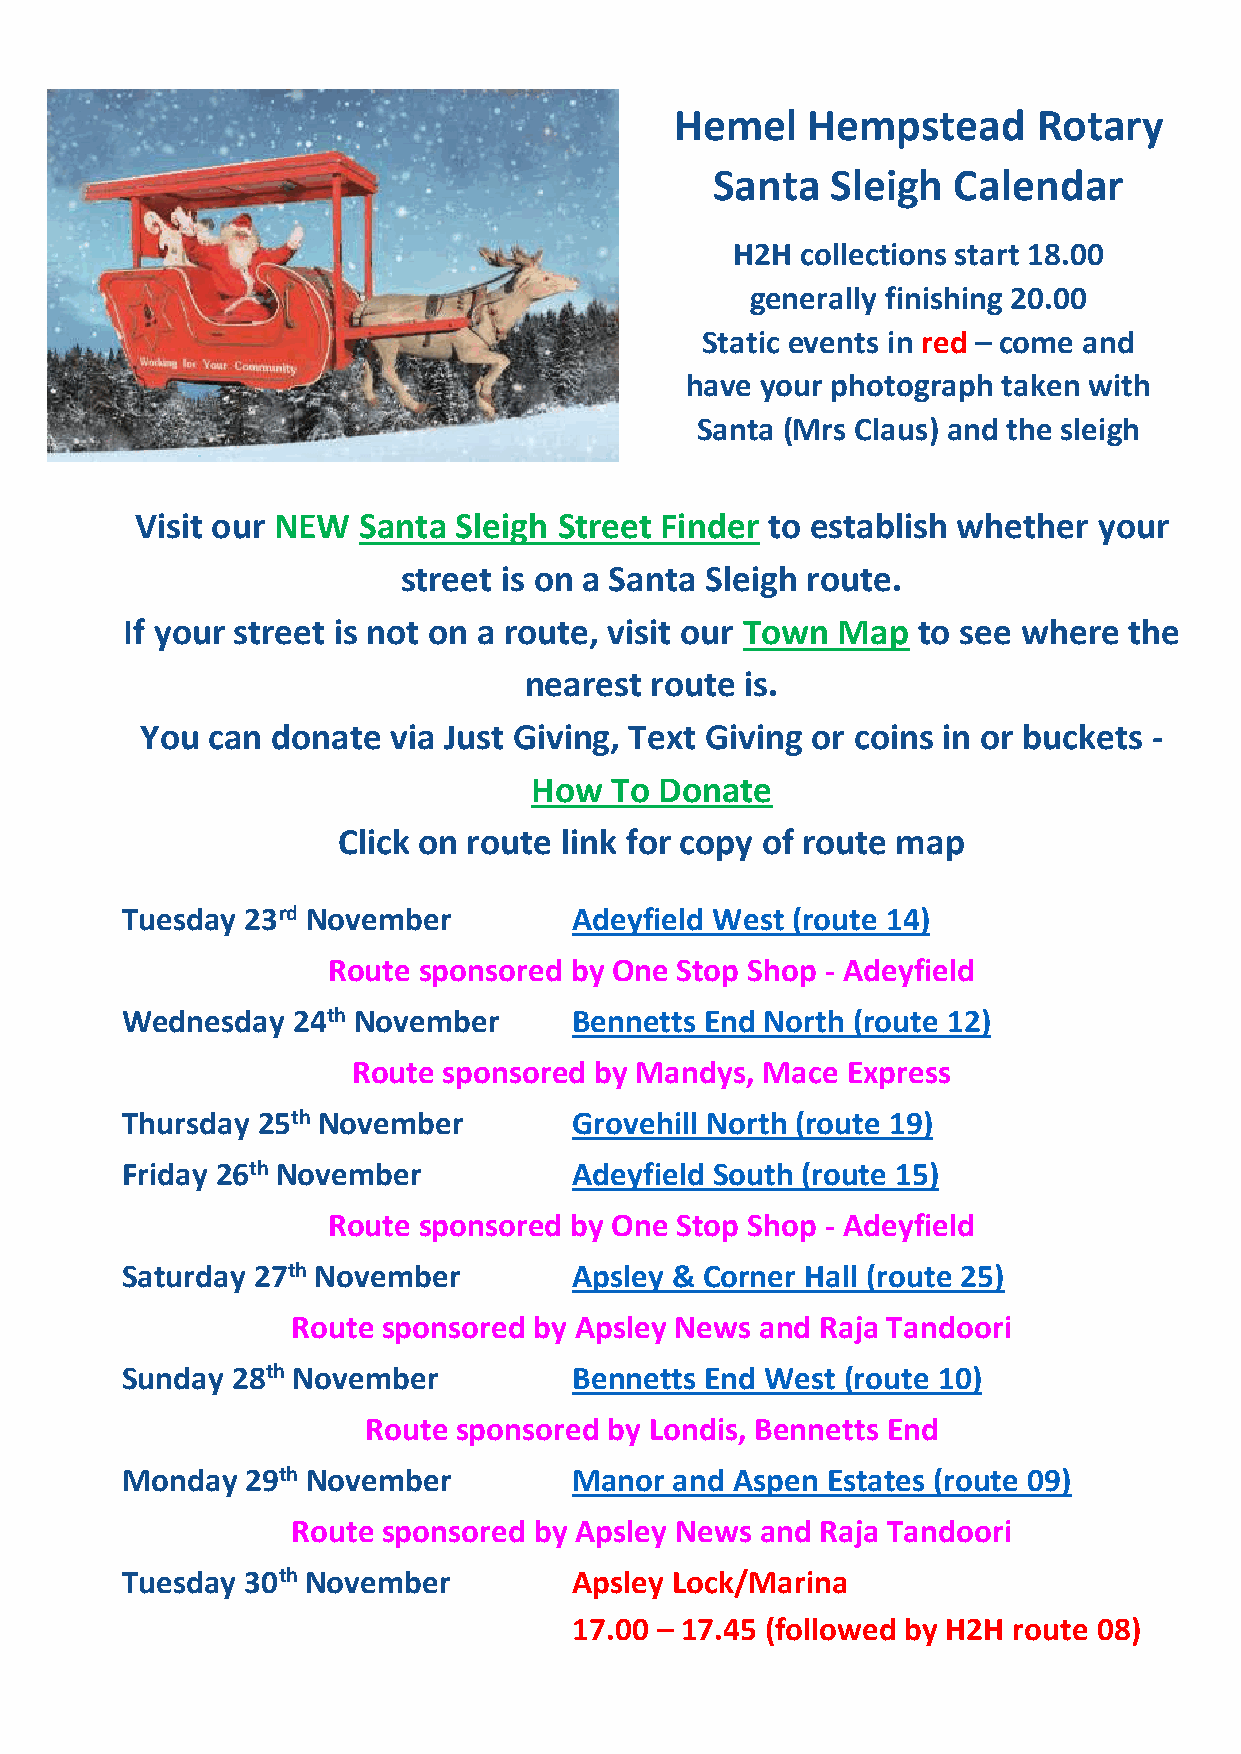
Hemel   Hempstead       Rotary
 Santa   Sleigh  Calendar
 H2H collections start 18.00
 generally finishing 20.00
 Static events in red – come and
 have your photograph taken with
 Santa (Mrs Claus) and the sleigh
 Visit our NEW  Santa Sleigh Street Finder to establish whether  your
 street is on a Santa Sleigh route.
 If your street is not on a route, visit our Town Map to see where  the
 nearest route is.
 You  can donate  via Just Giving, Text Giving or coins in or buckets -
 How  To  Donate
 Click on route link for copy of route map
 Tuesday 23rd November         Adeyfield West (route 14)
 Route sponsored by One Stop Shop - Adeyfield
 Wednesday  24th November      Bennetts End North (route 12)
 Route sponsored by Mandys, Mace  Express
 Thursday 25th November        Grovehill North (route 19)
 Friday 26th November          Adeyfield South (route 15)
 Route sponsored by One Stop Shop - Adeyfield
 Saturday 27th November        Apsley & Corner Hall (route 25)
 Route sponsored by Apsley News and Raja Tandoori
 Sunday 28th November          Bennetts End West (route 10)
 Route sponsored by Londis, Bennetts End
 Monday  29th November         Manor  and Aspen Estates (route 09)
 Route sponsored by Apsley News and Raja Tandoori
 Tuesday 30th November         Apsley Lock/Marina
 17.00 – 17.45 (followed by H2H route 08)